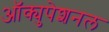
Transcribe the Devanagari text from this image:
ऑक्युपेशनल